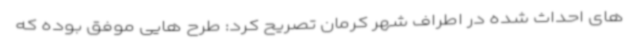
های احداث شده در اطراف شهر کرمان تصریح کرد: طرح هایی موفق بوده که